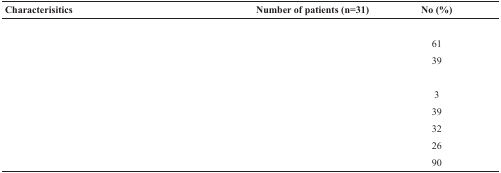
<table><thead><tr><td><b>Characterisitics</b></td><td><b>Number of patients (n=31)</b></td><td><b>No (%)</b></td></tr></thead><tbody><tr><td colspan="3">[EMPTY_CELL]</td></tr><tr><td>[EMPTY_CELL]</td><td>[EMPTY_CELL]</td><td>61</td></tr><tr><td>[EMPTY_CELL]</td><td>[EMPTY_CELL]</td><td>39</td></tr><tr><td colspan="3">[EMPTY_CELL]</td></tr><tr><td>[EMPTY_CELL]</td><td>[EMPTY_CELL]</td><td>3</td></tr><tr><td>[EMPTY_CELL]</td><td>[EMPTY_CELL]</td><td>39</td></tr><tr><td>[EMPTY_CELL]</td><td>[EMPTY_CELL]</td><td>32</td></tr><tr><td>[EMPTY_CELL]</td><td>[EMPTY_CELL]</td><td>26</td></tr><tr><td>[EMPTY_CELL]</td><td>[EMPTY_CELL]</td><td>90</td></tr></tbody></table>